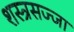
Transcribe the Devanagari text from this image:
शस्त्रसज्जा